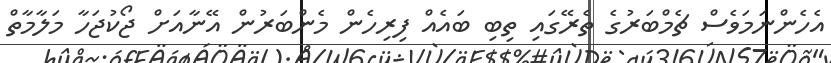
އެހެންނަމަވެސް ޗެމްބަރުގެ ތެރޭގައި ތިބި ބައެއް ފިރިހެން މެންބަރުން އޭނާއަށް ޖޯކުޖަހާ މަލާމާތް